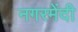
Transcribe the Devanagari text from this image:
नगरमेंदी